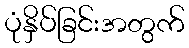
ပုံနှိပ်ခြင်းအတွက်